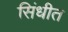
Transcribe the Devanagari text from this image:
सिंधीत